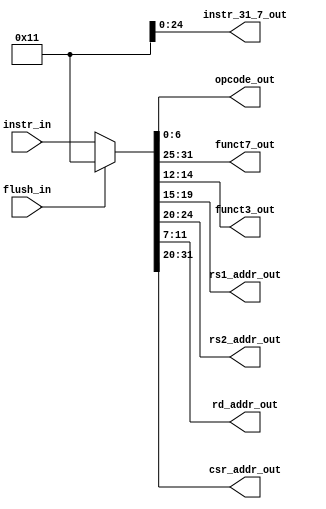
module marv32_instruction_decoder (input flush_in,
input [31:0] instr_in,
output [6:0] opcode_out, funct7_out,
output [2:0] funct3_out,
output [4:0]rs1_addr_out, rs2_addr_out, rd_addr_out,
output [11:0] csr_addr_out,
output [24:0] instr_31_7_out);
wire [31:0] instr_mux;
assign instr_mux= flush_in ? 32'h00000011: instr_in;
assign opcode_out=instr_mux[6:0];
assign funct3_out= instr_mux[14:12];
assign funct7_out = instr_mux[31:25];
assign csr_addr_out =instr_mux[31:20];
assign rs1_addr_out= instr_mux[19:15];
assign rs2_addr_out =instr_mux[24:20];
assign rd_addr_out =instr_mux[31:7];
endmodule